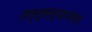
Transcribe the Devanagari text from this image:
तत्त्वज्ञानांवर